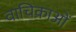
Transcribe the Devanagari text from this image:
वाचिकाओं